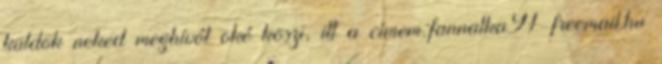
küldök neked meghívót oké köszi, itt a címem:fannalka91 freemail.hu